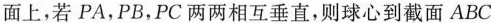
面上，若PA，PB，PC两两相互垂直，则球心到截面ABC